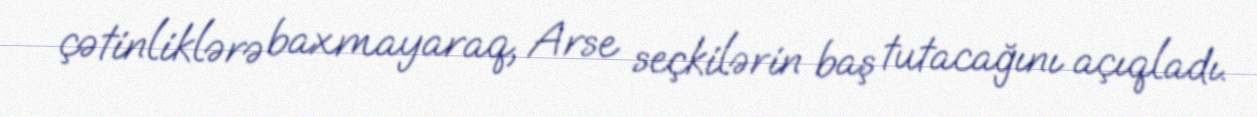
çətinliklərə baxmayaraq, Arse seçkilərin baş tutacağını açıqladı.